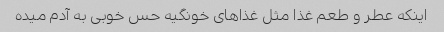
اینکه عطر و طعم غذا مثل غذاهای خونگیه حس خوبی به آدم میده